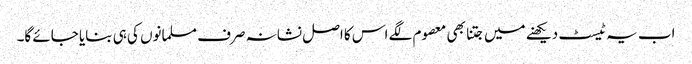
اب یہ ٹیسٹ دیکھنے میں جتنا بھی معصوم لگے اس کا اصل نشانہ صرف مسلمانوں کی ہی بنایا جائے گا۔